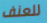
للعنف